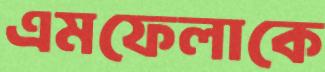
এমফেলাকে